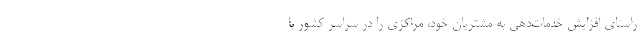
راستای افزایش خدمات‌دهی به مشتریان خود، مراکزی را در سراسر کشور با